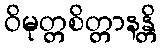
ဝိမုတ္တစိတ္တာနန္တိ